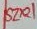
Text: SZ01